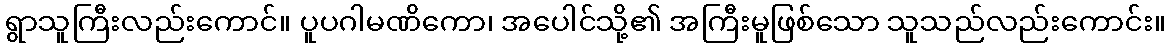
ရွာသူကြီးလည်းကောင်။ ပူပဂါမဏိကော၊ အပေါင်သို့၏ အကြီးမူဖြစ်သော သူသည်လည်းကောင်း။